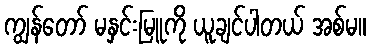
ကျွန်တော် မနှင်းမြူကို ယူချင်ပါတယ် အစ်မ။